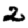
Digit: 2